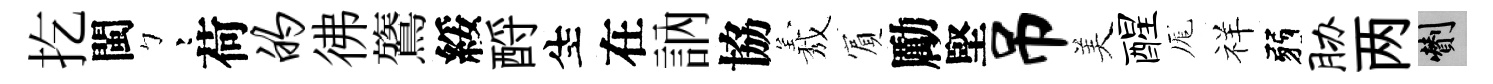
扢閩彎荷的彿鷟綏酹生在訥協𦏁賔勵堅吊美醒厖祥弱胁两剪